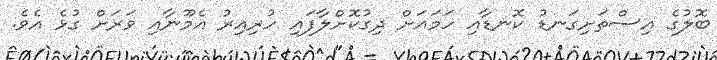
ބޮލުގެ އިސްތަށިގަނޑު ކޮނޑާއި ހަމައަށް ދިގުކޮށްލާފައި ހުރިއިރު އެމޫނާއި ވަރަށް ގުޅެ އެވެ.